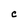
Character: C